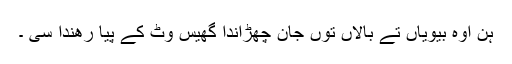
ہن اوہ بیویاں تے بالاں توں جان چھڑاندا گھیس وٹ کے پیا رھندا سی ۔